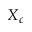
X _ { c }